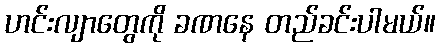
ဟင်းလျာတွေကို ခဏနေ တည်ခင်းပါမယ်။